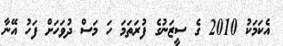
އެކަމަކު 2010 ގެ ސީޒަނުގެ ފުރަތަމަ ހަ މަސް ދުވަހަށް ފަހު އޭނާ